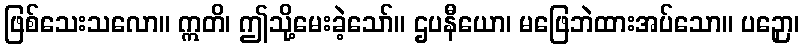
ဖြစ်သေးသလော။ ဣတိ၊ ဤသို့မေးခဲ့သော်။ ဌပနီယော၊ မဖြေဘဲထားအပ်သော။ ပဉှော၊